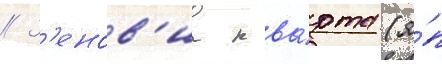
// З'енов'иа ква́рта (я́п